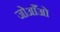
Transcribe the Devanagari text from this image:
जोआँओ